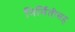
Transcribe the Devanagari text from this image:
निर्मितीसह